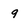
Character: 9